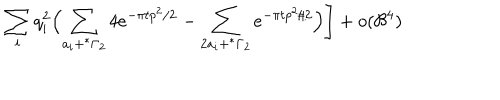
\sum _ { i } q _ { i } ^ { 2 } \Bigl ( \sum _ { a _ { i } + ^ { * } \Gamma _ { 2 } } 4 e ^ { - { \pi t } p ^ { 2 } / 2 } - \sum _ { 2 a _ { i } + ^ { * } \Gamma _ { 2 } } e ^ { - { \pi t } p ^ { 2 } / 2 } \Bigr ) \Biggr ] + o ( { \cal B } ^ { 4 } )